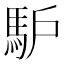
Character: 馿